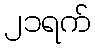
၂၁ရက်